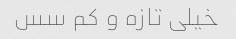
خیلی تازه و کم سس